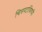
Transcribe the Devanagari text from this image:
चित्रपटांविषयी